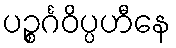
ပဉ္စင်္ဂဝိပ္ပဟီနေ